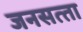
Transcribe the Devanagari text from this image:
जनसत्‍ता